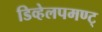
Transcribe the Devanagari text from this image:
डिव्हेलपमण्ट्